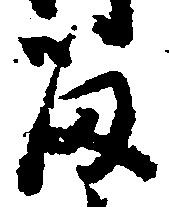
留